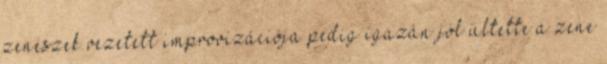
zenészek vezetett improvizációja pedig igazán jól ültette a zene